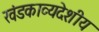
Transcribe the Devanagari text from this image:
खंडकाव्यदेशीय